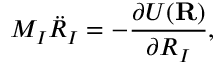
{ \displaystyle M _ { I } { \ddot { R } } _ { I } = - \frac { \partial U ( { \bf R } ) } { \partial R _ { I } } } ,